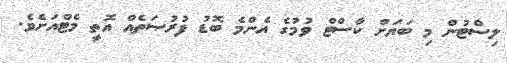
ލިސްޓުން މި ބަޔަށް ކާސްޓް ވުމުގެ އެންމެ ބޮޑު ފުރުޞަތެއް އޮތީ މެޓްއަށެވެ.